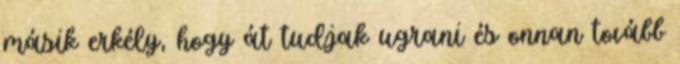
másik erkély, hogy át tudjak ugrani és onnan tovább